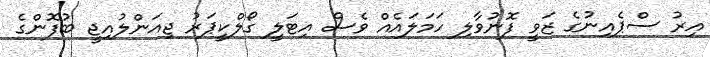
އިރު ސްޕެއިނުގެ ޒަވީ ފޮނުވާލި ހަމަލައެއް ވެސް އިޓަލީ ގޯލްކީޕަރު ޖިއަންލުއިޖީ ބުފޮންގެ